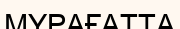
МҰРАҒАТТА